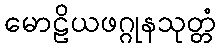
မောဠိယဖဂ္ဂုနသုတ္တံ